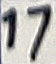
Text: 17